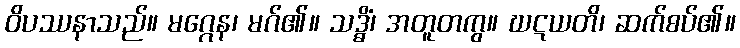
ဝိပဿနာသည်။ မဂ္ဂေန၊ မဂ်၏။ သဒ္ဓိံ၊ အတူတကွ။ ဃဋယတိ၊ ဆက်စပ်၏။